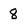
Character: 8